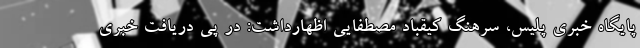
پایگاه خبری پلیس، سرهنگ کیقباد مصطفایی اظهارداشت: در پی دریافت خبری